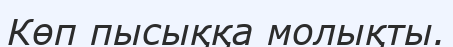
Көп пысыққа молықты.